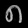
Digit: ၈